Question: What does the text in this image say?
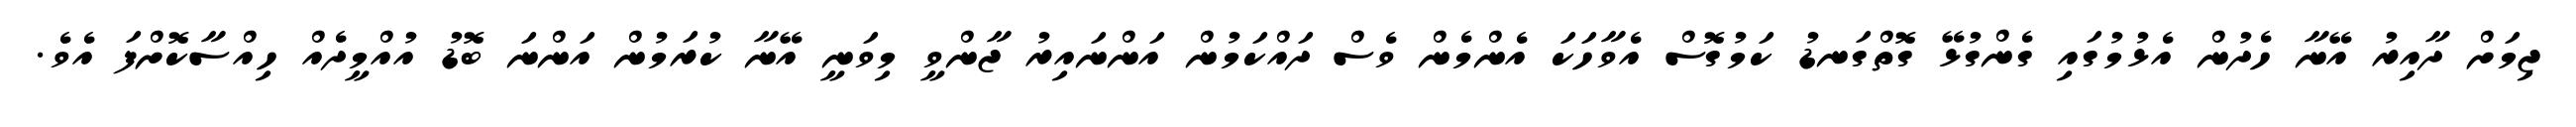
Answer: ޖިމަށް ދާއިރު އޭނާ ހެދުން އެޅުމުގައި ގެންގުޅޭ ގޮތްގަނޑު ކަމުގޮސް އެވާހަކަ އެންމެން ވެސް ދައްކަމުން އަންނައިރު ޖާންވީ މިވަނީ އޭނާ ކުރަމުން އަންނަ ބޮޑު އުއްމީދެއް ހިއްސާކޮށްފަ އެވެ.